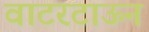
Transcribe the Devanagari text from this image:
वाटरटाऊन